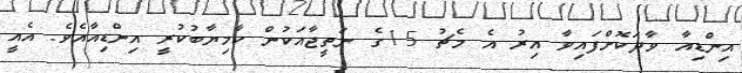
އިންޑިއާ ވާދަކޮށްފައިވާ އިރު އެ މެޗު 5-1ގެ ނަތީޖާއަކުން ކާމިޔާބުކުރީ އިންޑިއާއެވެ. އެއީ